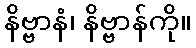
နိဗ္ဗာနံ၊ နိဗ္ဗာန်ကို။